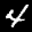
Label: 4